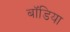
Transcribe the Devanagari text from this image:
बॉडिया